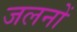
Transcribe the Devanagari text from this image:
जलनों